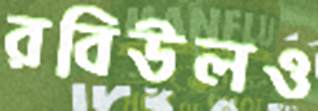
রবিউলও